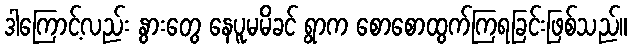
ဒါကြောင့်လည်း နွားတွေ နေပူမမိခင် ရွာက စောစောထွက်ကြရခြင်းဖြစ်သည်။